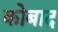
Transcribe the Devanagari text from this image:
कोबाद